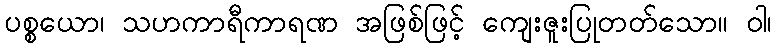
ပစ္စယော၊ သဟကာရီကာရဏ အဖြစ်ဖြင့် ကျေးဇူးပြုတတ်သော။ ဝါ၊